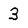
Character: 3